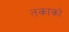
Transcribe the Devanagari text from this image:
तकाको